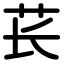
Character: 苌